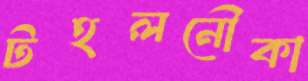
টহলনৌকা